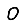
Digit: 0